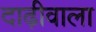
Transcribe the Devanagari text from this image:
दाढ़ीवाला